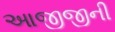
આજીજીની